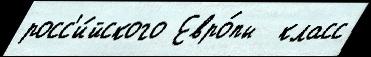
росс'и́йского Евро́пы  класс